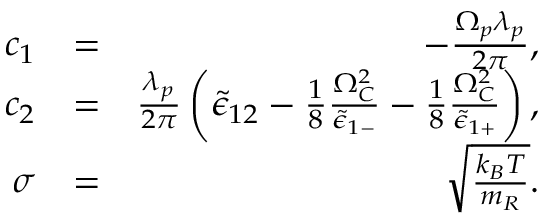
\begin{array} { r l r } { c _ { 1 } } & { = } & { - \frac { \Omega _ { p } \lambda _ { p } } { 2 \pi } , } \\ { c _ { 2 } } & { = } & { \frac { \lambda _ { p } } { 2 \pi } \left( \tilde { \epsilon } _ { 1 2 } - \frac { 1 } { 8 } \frac { \Omega _ { C } ^ { 2 } } { \tilde { \epsilon } _ { 1 - } } - \frac { 1 } { 8 } \frac { \Omega _ { C } ^ { 2 } } { \tilde { \epsilon } _ { 1 + } } \right) , } \\ { \sigma } & { = } & { \sqrt { \frac { k _ { B } T } { m _ { R } } } . } \end{array}